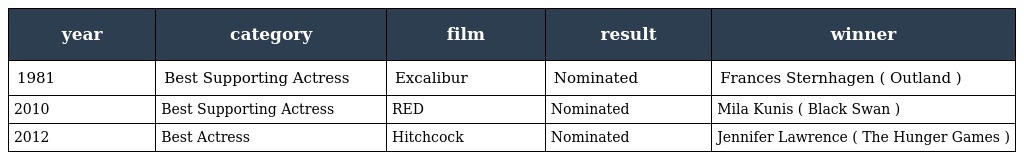
| year | category | film | result | winner |
 | --- | --- | --- | --- | --- |
 | 1981 | Best Supporting Actress | Excalibur | Nominated | Frances Sternhagen ( Outland ) |
 | 2010 | Best Supporting Actress | RED | Nominated | Mila Kunis ( Black Swan ) |
 | 2012 | Best Actress | Hitchcock | Nominated | Jennifer Lawrence ( The Hunger Games ) |